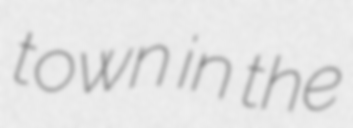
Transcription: town in the